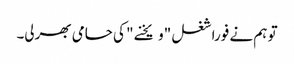
تو ہم نے فورا شغل "ویخنے " کی حامی بھرلی۔